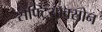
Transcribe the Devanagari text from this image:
सैफ्ट्रियाक्सोन